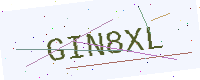
Text: GIN8XL